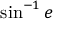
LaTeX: \sin ^ { - 1 } e